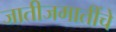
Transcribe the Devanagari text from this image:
जातीजमातींचे